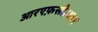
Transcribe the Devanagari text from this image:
आरएफ़सी३४३९